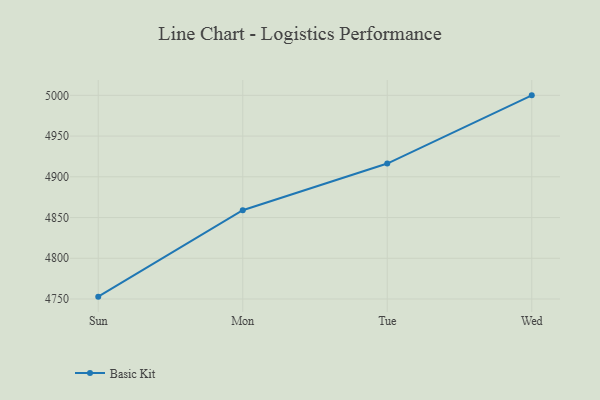
{"axis": {"x": "Day", "y": "Waste Production (Tons)"}, "legend": ["Basic Kit"], "data": [{"x": "Sun", "y": 4752.9, "type": "Basic Kit"}, {"x": "Mon", "y": 4859.0, "type": "Basic Kit"}, {"x": "Tue", "y": 4916.3, "type": "Basic Kit"}, {"x": "Wed", "y": 5000, "type": "Basic Kit"}]}